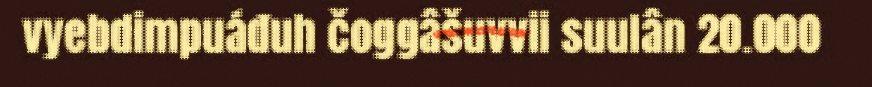
vyebdimpuáđuh čoggâšuvvii suulân 20.000